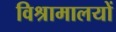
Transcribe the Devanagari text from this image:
विश्रामालयों